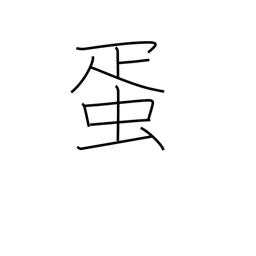
Meaning: egg